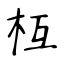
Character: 枑